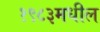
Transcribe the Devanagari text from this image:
१९८३मधील